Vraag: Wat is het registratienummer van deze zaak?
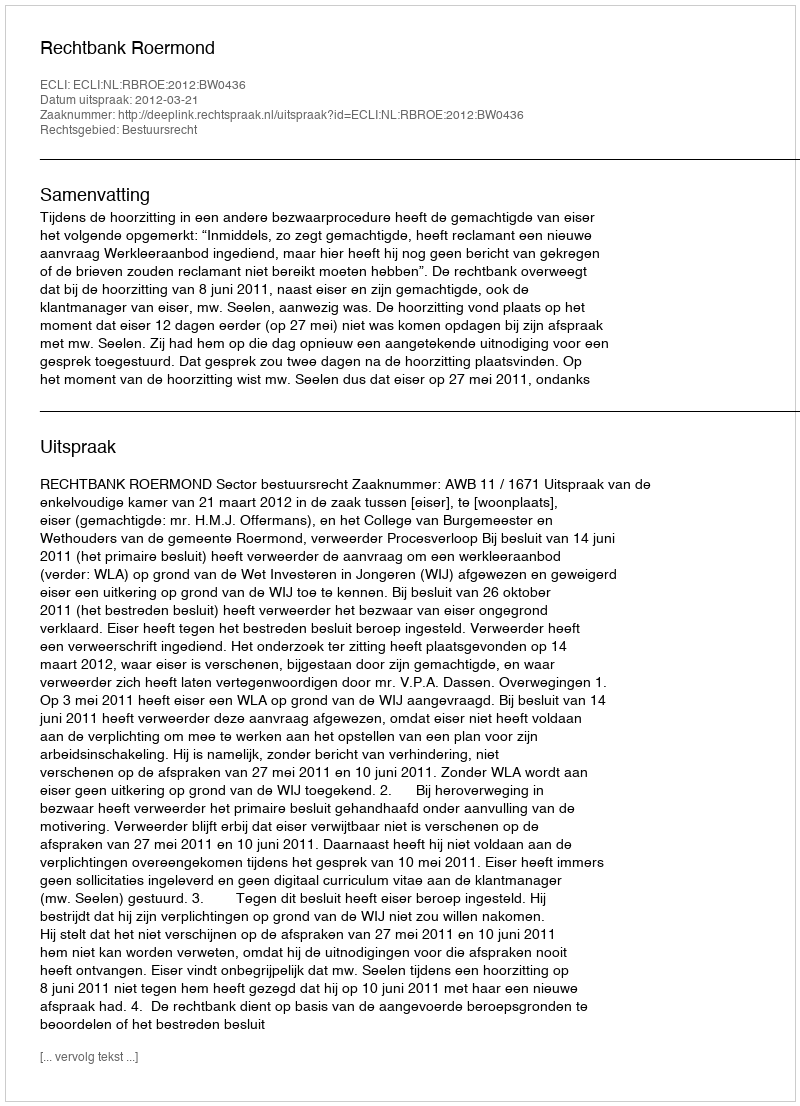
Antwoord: http://deeplink.rechtspraak.nl/uitspraak?id=ECLI:NL:RBROE:2012:BW0436